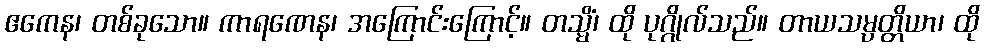
ဧကေန၊ တစ်ခုသော။ ကာရဏေန၊ အကြောင်းကြောင့်။ တသ္မိံ၊ ထို ပုဂ္ဂိုလ်သည်။ တာယသမ္ပတ္တိယာ၊ ထို